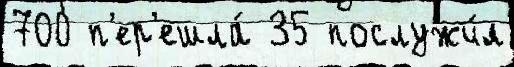
700 п'ер'ешла́ 35 послужи́л